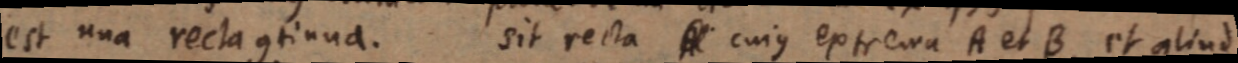
est una recta continua. Sit recta _ cuius extrema A et B, et aliud